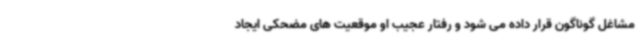
مشاغل گوناگون قرار داده می شود و رفتار عجیب او موقعیت های مضحکی ایجاد